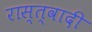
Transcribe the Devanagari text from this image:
रास्त्वादी